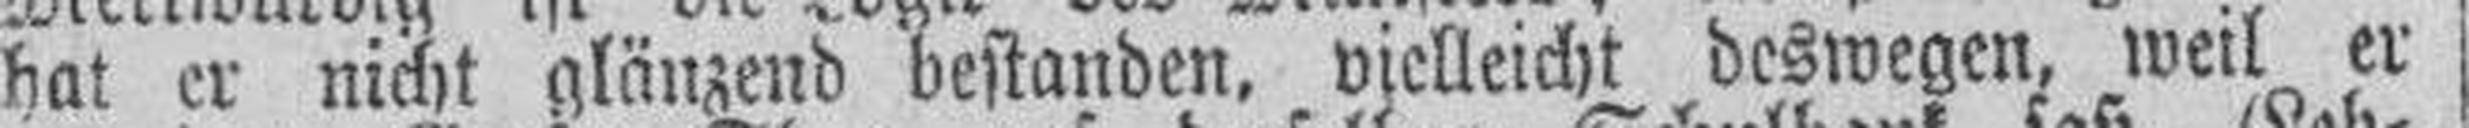
hat er nicht glänzend bestanden, vielleicht deswegen, weil er